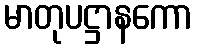
မာတုပဋ္ဌာနကော